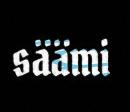
säämi